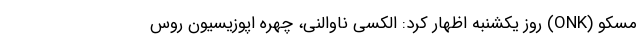
مسکو (ONK) روز یکشنبه اظهار کرد: الکسی ناوالنی، چهره اپوزیسیون روس